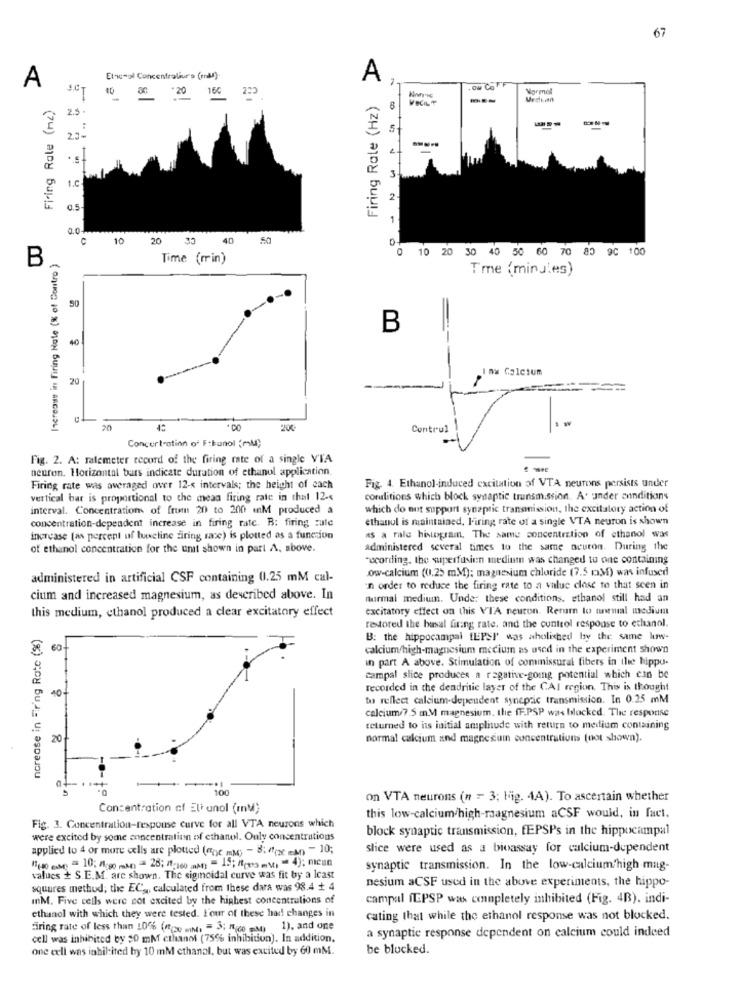
67
Firing Rale (Hz) D
Etmal Concentraliurs (enMl).
Ow Co F
A
Normal
Firing Rate (ML)
00 :20 166
VECKLØ
2.5 .
23-
1.C
0.5
0.0
c
10
20 30 40 50
0 10 20 30 40 50 60 70 80 90 100
B
Increase in Firing Nate (% of Contro )
Time (min)
Tme (minules)
50
B
40
Inu Calcium
20
20
45
Centrul
Concert-otion of Fthanol (ml)
Fig. 2. A: ratemeter record of the firing rate of a single VTA
neuron. Horizontal bars indicate duration of ethanol application.
Firing rate was averaged over 12-s intervals; the height of cach
Fig. 4. Ethanol-induced excitation of VTA neurons persists under
vertical bar is proportional to the mean firing rate in that 12-4
coralitions which block synaptic transmission. A. under annditions
interval. Concentrations of from 20 to 200 inM produced a
which do not support synaptic transmission, the excitatory action of
concentration-dependent increase in firing rate. B: firing zule
ethanol is maintained, Firing rate of a single VTA neuron is shown
increase (as percent uf baseline ziring race) is plotted as a function
as a rale histogram, The same concentration of ethanol was
of ethanol concentration for the umt shown in part A. above.
administered several times to the same acuron. During the
-wcording, the superfusien medium was changed to one containing
ow-calcium (0.25 mM): magnesium chloride (7.5 p.M) was infused
administered in artificial CSF containing 0.25 mM cal-
in order to reduce the firing rate to a value close to that seen in
cium and increased magnesium, as described above. In
nurmal medium. Unde: these conditions, ethanol still had an
this medium, ethanol produced a clear excitatory effect
excitatory effect on this VIA neuron. Return to unemal medium
Increase in Ering Rotc (%%)
restored the basal firing rate, and the control response to ethanol.
B: the hippocampal [EPSI' was aholished by the same low-
calcium/high-magnesium mecium as used in the experiment shown
in part A above. Stimulation of commissural fibers in the hippo-
campal slice produces a regative-going potential which can be
10-
recorded in the dendritic layer of the CAI region. This is thought
to reflect calcium-dependent syncpric transmission. In 0.25 mM
calcium/7.5 m.M magnesium. the fF.PSP was blocked. The response
returned to its initial amplitude with return to medium containing
20
normal calcium and magnesium concentrations (not shown).
100
on VTA neurons (n = 3; big. 4A). To ascertain whether
Concentration of Eli unol (mM)
this low-calcium/high-raagnesium aCSF would, in fact.
Fig. 3. Concentration-respouse curve for all VTA neurons which
block synaptic transmission, fEPSPs in the hippocampal
were excited by some concentration of ethanol. Only concentrations
applied to 4 or more cells are plotted (Che mMe) - 8: (22 m) - 10;
slice were used as a bioassay for calcium-dependent
13,00 cm) = 10: 1090 man) = 25; 17:160 mm) = 15; 1(e) =v) =4); mcan
synaptic transmission. In the low-calcium high mag-
values + S.E.M. are shown. The sigmoidal curve was fit by a least
nesium aCSF used in the above experiments, the hippo-
squares method; the EC .,, calculated from these dara was 98.4 + 4
mM. Five cells were cot excited by the highest concentrations of
campal IEPSP was completely inhibited (Fig. 4B). indi-
ethanol with which they were tested. I'our of these har changes in
cating that while the ethanol response was not blocked.
Firing rate of less than 10% (000 m) = 3; 1400 M) 1). and one
a synaptic response dependent on calcium could indeed
cell was inhibited by 50 mM ethanol (75% inhibition). In addition.
one eell was inhil-ited by 10 mM ethanal, but was excited by 60 mM.
be blocked.